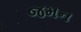
જમન